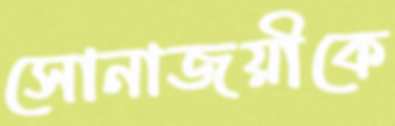
সোনাজয়ীকে